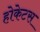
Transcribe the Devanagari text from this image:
होकेटस